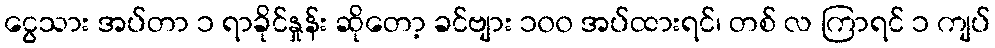
ငွေသား အပ်တာ ၁ ရာခိုင်နှုန်း ဆိုတော့ ခင်ဗျား ၁၀၀ အပ်ထားရင်၊ တစ် လ ကြာရင် ၁ ကျပ်